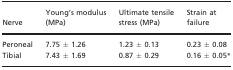
<table><thead><tr><td><b>Nerve</b></td><td><b>Young&#x27;s modulus (MPa)</b></td><td><b>Ultimate tensile stress (MPa)</b></td><td><b>Strain at failure</b></td></tr></thead><tbody><tr><td>Peroneal</td><td>7.75 ± 1.26</td><td>1.23 ± 0.13</td><td>0.23 ± 0.08</td></tr><tr><td>Tibial</td><td>7.43 ± 1.69</td><td>0.87 ± 0.29</td><td>0.16 ± 0.05 *</td></tr></tbody></table>